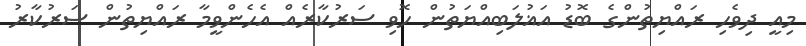
މިއީ ދިވެހި ރައްޔިތުންގެ ބޮޑު އަޣުލަބިއްޔަތުން ހޮވި ސަރުކާރެއް އެހެންވީމާ ރައްޔިތުން ސަރުކާރު